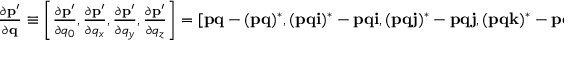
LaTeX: \begin{array} { r } { { \frac { \partial \mathbf { p ^ { \prime } } } { \partial \mathbf { q } } } \equiv \left[ { \frac { \partial \mathbf { p ^ { \prime } } } { \partial q _ { 0 } } } , { \frac { \partial \mathbf { p ^ { \prime } } } { \partial q _ { x } } } , { \frac { \partial \mathbf { p ^ { \prime } } } { \partial q _ { y } } } , { \frac { \partial \mathbf { p ^ { \prime } } } { \partial q _ { z } } } \right] = \left[ \mathbf { p q } - ( \mathbf { p q } ) ^ { * } , ( \mathbf { p q i } ) ^ { * } - \mathbf { p q i } , ( \mathbf { p q j } ) ^ { * } - \mathbf { p q j } , ( \mathbf { p q k } ) ^ { * } - \mathbf { p q k } \right] . } \end{array}